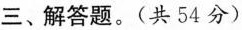
三、解答题。(共54分)